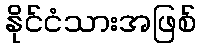
နိုင်ငံသားအဖြစ်